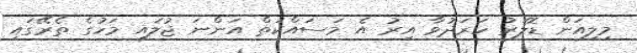
މިލިއަން ޑޮލަރު ހަރަދުވާ އިރު އެ މަސައްކަތް އަންނަ ޖުލައި މަހުގެ ތެރޭގައި